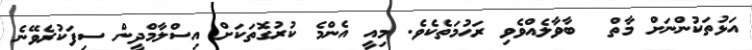
އަޅުތަކުންނަށް މާތް  ބާވާލެއްވެވި ރަޙުމަތެކެވެ. މިއީ އެންމެ ކުރުގޮތަކަށް އިސްލާމްދީން ސިފަކުރެވޭނެ